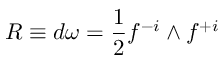
{ \cal R } \equiv d \omega = { \frac { 1 } { 2 } } f ^ { - i } \wedge f ^ { + i }